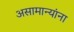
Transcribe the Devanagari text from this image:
असामान्यांना